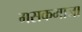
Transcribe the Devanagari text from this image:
मसकमाजा